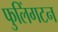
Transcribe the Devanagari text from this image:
फुलिंगटन